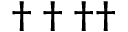
\dagger \dagger \dagger \dagger